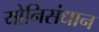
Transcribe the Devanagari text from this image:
योनिसंधान